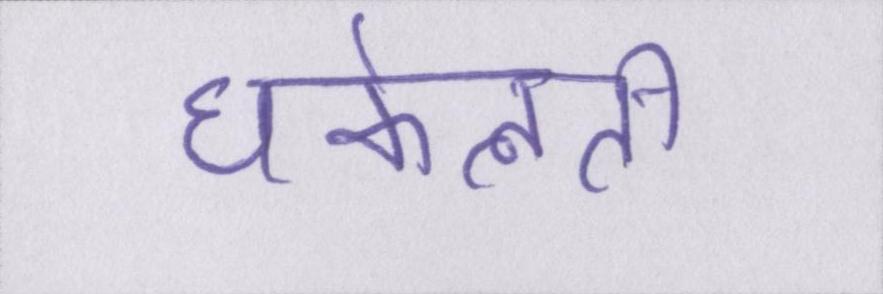
धकेलती